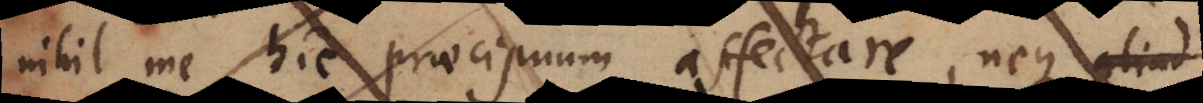
nihil me hic precisuum affectare, neque aliad